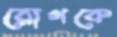
রোগকে